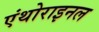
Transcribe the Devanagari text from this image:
एंथोराइनल